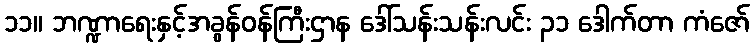
၁၁။ ဘဏ္ဍာရေးနှင့်အခွန်ဝန်ကြီးဌာန ဒေါ်သန်းသန်းလင်း ၃၁ ဒေါက်တာ ကံဇော်